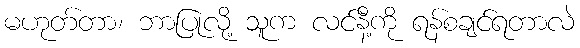
မဟုတ်တာ၊ ဘာပြုလို့ သူက လင်နီ့ကို ရန်စချင်ရတာလဲ